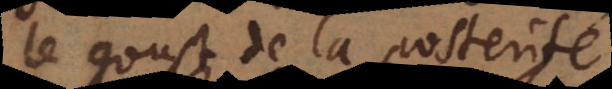
le goust de la posterité.